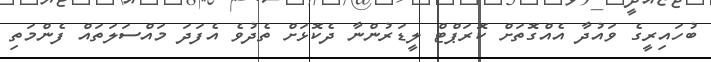
ބުހައިރީގެ ވައުދާ އެއްގޮތަށް ކޮރަޕްޓް ލީޑަރުންނާ ދެކޮޅަށް ތެދުވެ އެފަދަ މައްސަލަތައް ފެންމަތި